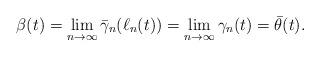
LaTeX: \begin{align*}\beta(t)=\lim_{n\to\infty}\bar\gamma_n(\ell_n(t))=\lim_{n\to\infty}\gamma_n(t)=\bar\theta(t).\end{align*}